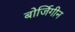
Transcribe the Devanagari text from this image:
बोर्जिगीन